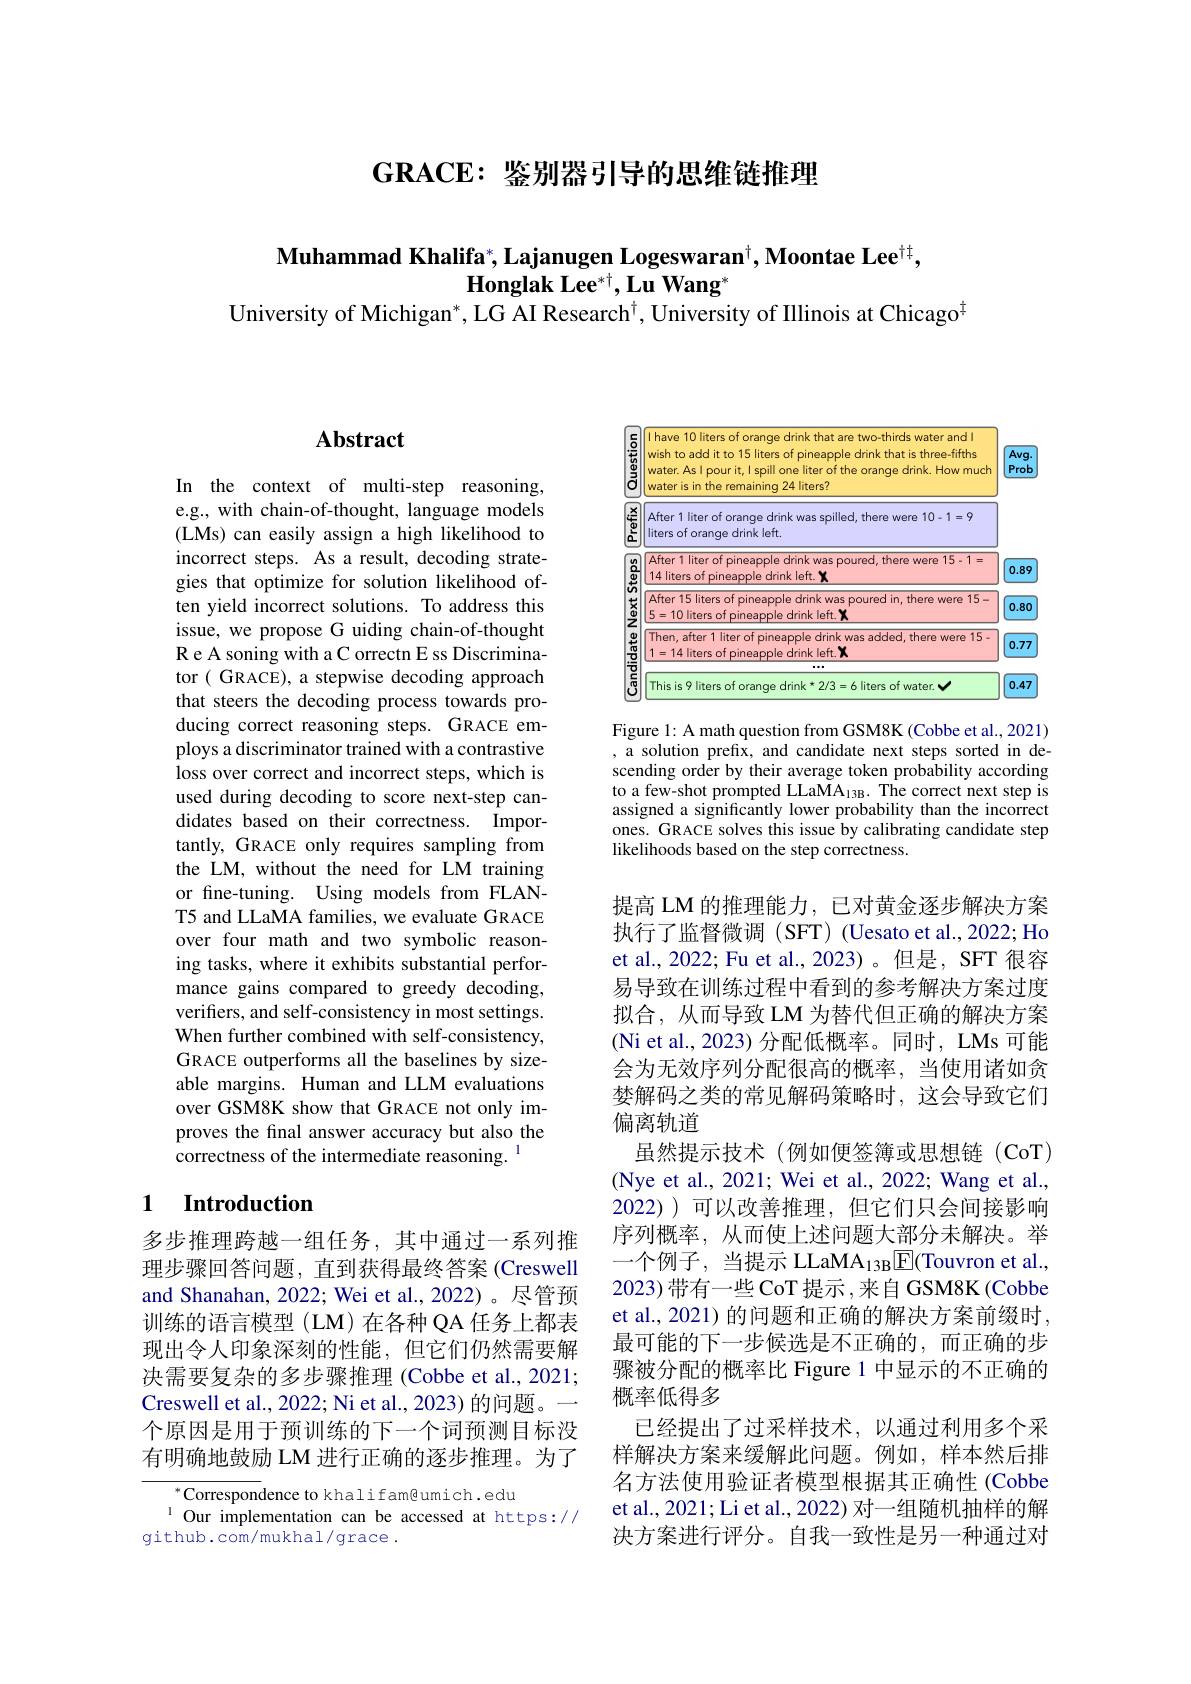
$\mathbf{GRACE: \text{ 鉴 别 器 引 导 的 思 维 链 推 理 }}$

$\textbf{Muhammad Khalifa}^*,\textbf{Lajanugen Logeswaran}^\dagger,\textbf{Moontae Lee}^{\dagger\dagger}$,
Honglak Le$e^{* \dagger }$, Lu Wan$g^*$
University of Michigan$^*$,LG AI Research$^\dagger$,University of Illinois at Chicago$^{1}$

## $\mathbf{Abstract}$

In the context of multi-step reasoning, e.g., with chain-of-thought, language models (LMs) can easily assign a high likelihood to incorrect steps. As a result, decoding strategies that optimize for solution likelihood often yield incorrect solutions. To address this issue, we propose G uiding chain-of-thought R e A soning with a C orrectn E ss Discriminator (GRACE), a stepwise decoding approach that steers the decoding process towards producing correct reasoning steps. GRACE employs a discriminator trained with a contrastive loss over correct and incorrect steps, which is used during decoding to score next-step candidates based on their correctness. Importantly, GRACE only requires sampling from the LM, without the need for LM training or fine-tuning. Using models from FLANT5 and LLaMA families, we evaluate GRACE over four math and two symbolic reasoning tasks, where it exhibits substantial performance gains compared to greedy decoding, verifters, and self-consistency in most settings. When further combined with self-consistency, GRACE outperforms all the baselines by sizeable margins. Human and LLM evaluations over GSM8K show that GRACE not only improves the final answer accuracy but also the correctness of the intermediate reasoning.

### 1 $\textbf{Introduction}$

多步推理跨越一组任务，其中通过一系列推理步骤回答问题，直到获得最终答案 (Creswell and Shanahan, 2022; Wei et al., 2022)。尽管预训练的语言模型(LM)在各种 QA 任务上都表现出令人印象深刻的性能，但它们仍然需要解决需要复杂的多步骤推理 (Cobbe et al., 2021; Creswell et al., 2022; Ni et al., 2023) 的问题。一个原因是用于预训练的下一个词预测目标没有明确地鼓励 LM 进行正确的逐步推理。为了

$^{*}$Correspondence to khalifam@umich.edu
Our implementation can be accessed at https://
github.com/mukhal/grace.

<FigureHere>

Figure 1: A math question from GSM8K (Cobbe et al., 2021) , a solution prefix, and candidate next steps sorted in descending order by their average token probability according to a few-shot prompted LLaMA$_13$B. The correct next step is assigned a significantly lower probability than the incorrect ones. GRACE solves this issue by calibrating candidate step likelihoods based on the step correctness.

提高 LM 的推理能力，已对黄金逐步解决方案执行了监督微调(SFT)(Uesato et al., 2022; Ho et al., 2022; Fu et al., 2023)。但是，SFT 很容易导致在训练过程中看到的参考解决方案过度拟合，从而导致 LM 为替代但正确的解决方案(Ni et al., 2023) 分配低概率。同时，LMs 可能会为无效序列分配很高的概率，当使用诸如贪婪解码之类的常见解码策略时，这会导致它们偏离轨道
虽然提示技术(例如便签簿或思想链(CoT) (Nye et al., 2021; Wei et al., 2022; Wang et al., 2022))可以改善推理，但它们只会间接影响序列概率，从而使上述问题大部分未解决。举一个例子，当提示 LLaMA$_13$B$\boxed{\mathrm{F} }($Touvron et al., 2023)带有一些CoT提示，来自GSM8K(Cobbe et al., 2021) 的问题和正确的解决方案前缀时， 最可能的下一步候选是不正确的，而正确的步骤被分配的概率比 Figure 1 中显示的不正确的概率低得多
已经提出了过采样技术，以通过利用多个采样解决方案来缓解此问题。例如，样本然后排名方法使用验证者模型根据其正确性(Cobbe et al., 2021; Li et al., 2022) 对一组随机抽样的解决方案进行评分。自我一致性是另一种通过对